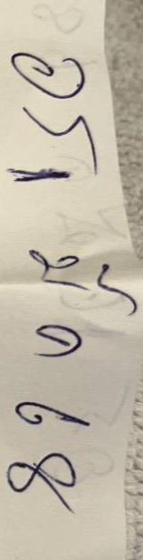
อร 1 มี ค 68